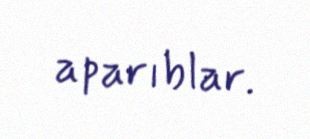
aparıblar.